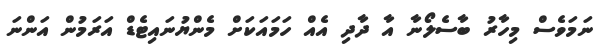
ނަމަވެސް މިހާރު ބާސެލޯނާ އާ ދާދި އެއް ހަމައަކަށް މެންޔުނައިޓެޑް އަރަމުން އަންނަ